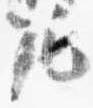
範